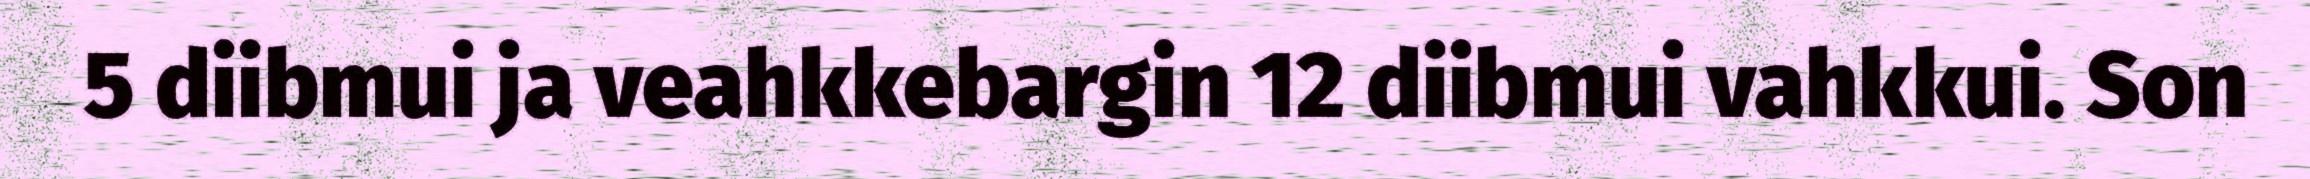
5 diibmui ja veahkkebargin 12 diibmui vahkkui. Son